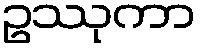
ဥဿုကာ